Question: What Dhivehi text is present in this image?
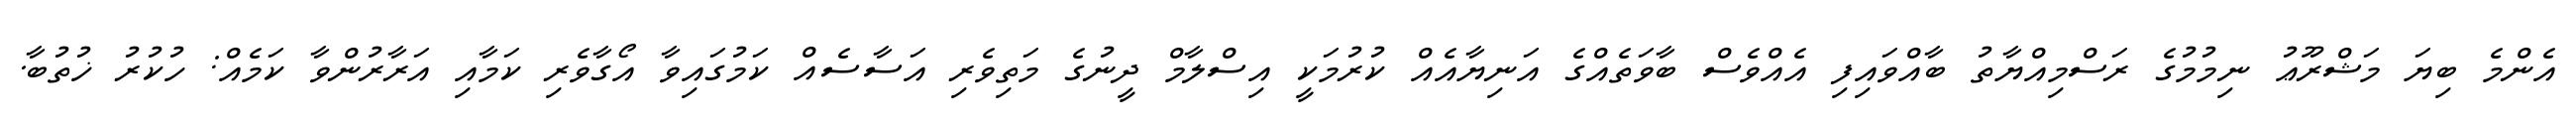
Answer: އެންމެ ބިޔަ މަޝްރޫޢު ނިމުމުގެ ރަސްމިއްޔާތު ބާއްވައިފި އެއްވެސް ބާވަތެއްގެ އަނިޔާއެއް ކުރުމަކީ އިސްލާމް ދީނުގެ މަތިވެރި އަސާސެއް ކަމުގައިވާ އޯގާވެރި ކަމާއި އަރާރުންވާ ކަމެއް: ހުކުރު ޚުތުބާ.